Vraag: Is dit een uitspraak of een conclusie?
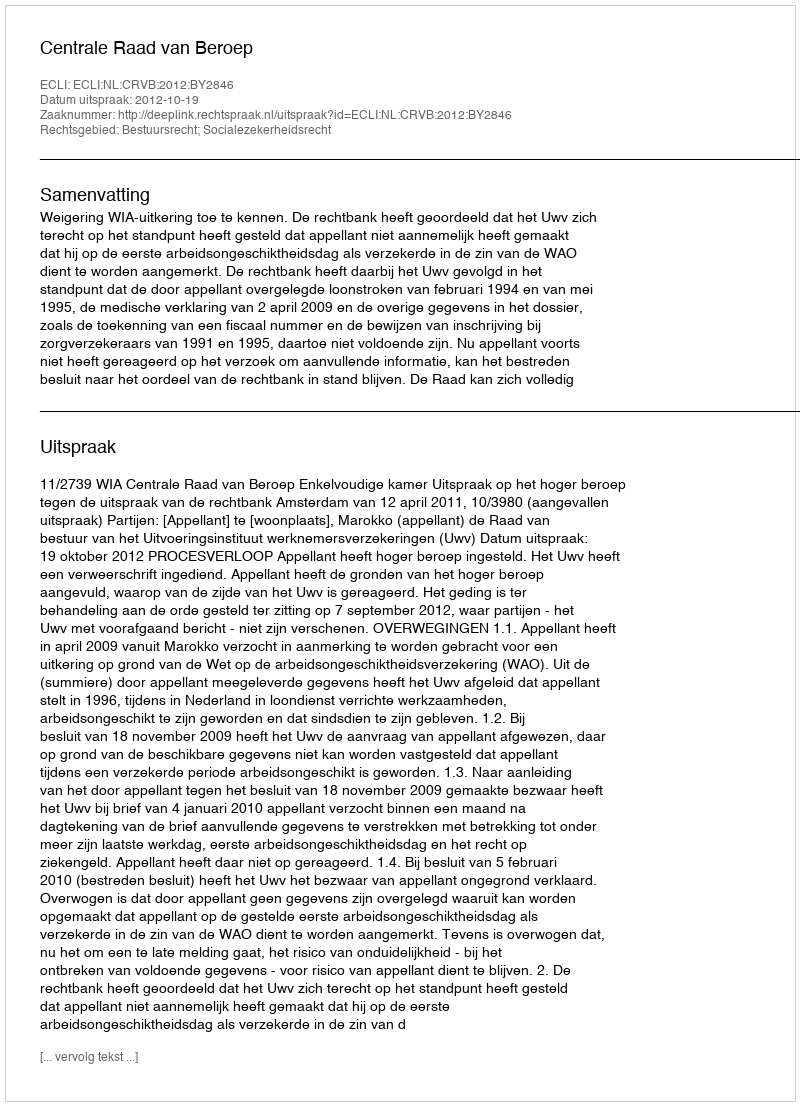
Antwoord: Uitspraak